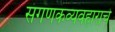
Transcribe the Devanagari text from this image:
संगणकव्यवहाराचे